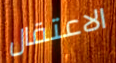
الاعتقال